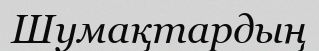
Шумақтардың